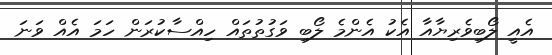
އެއީ ލޯބިވެރިޔާއާ އެކު އެންމެ ލޯބި ވަގުތުތައް ހިއްސާކުރަން ހަމަ އެއް ވަނަ